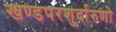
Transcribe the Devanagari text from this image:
खण्डपरशुर्दारुणो